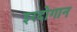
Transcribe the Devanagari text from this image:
इरदोगान